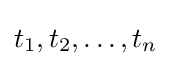
t_{1},t_{2},\ldots ,t_{n}